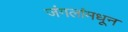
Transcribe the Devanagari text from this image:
जंगलांमधून